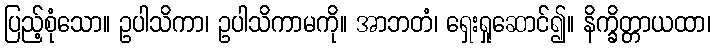
ပြည့်စုံသော။ ဥပါသိကာ၊ ဥပါသိကာမကို။ အာဘတံ၊ ရှေးရှုဆောင်၍။ နိက္ခိတ္တာယထာ၊